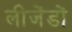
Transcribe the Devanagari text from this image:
लीजेंडों